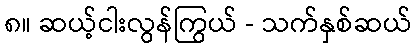
၈။ ဆယ့်ငါးလွန်ကြွယ် - သက်နှစ်ဆယ်